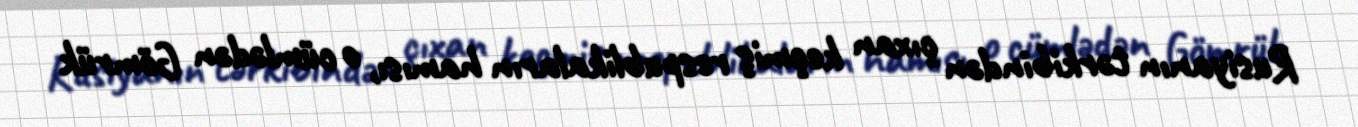
Rusiyanın tərkibindən çıxan keçmiş respublikaların hamısı, o cümlədən Gömrük